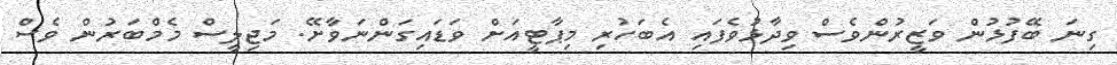
ގިނަ ބޭފުޅުން ވަޒީރުންވެސް ވިދާޅުވެފައި އެބަހުރި މިޕާޓީއަށް ވަޑައިގަންނަވާށޭ. މަޖިލީސް މެމްބަރުން ވެސް